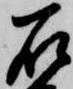
石